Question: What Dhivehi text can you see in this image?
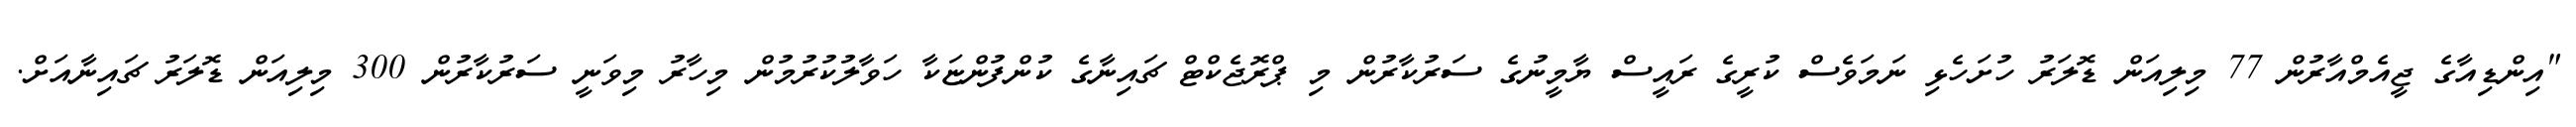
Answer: "އިންޑިއާގެ ޖީއެމްއާރުން 77 މިލިއަން ޑޮލަރު ހުށަހެޅި ނަމަވެސް ކުރީގެ ރައީސް ޔާމީނުގެ ސަރުކާރުން މި ޕްރޮޖެކްޓް ޗައިނާގެ ކުންފުންޏަކާ ހަވާލުކުރުމުން މިހާރު މިވަނީ ސަރުކާރުން 300 މިލިއަން ޑޮލަރު ޗައިނާއަށް.